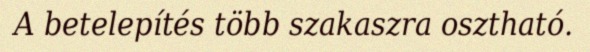
A betelepítés több szakaszra osztható.